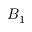
B _ { 1 }